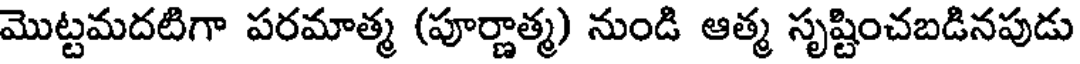
మొట్టమదటిగా పరమాత్మ (పూర్ణాత్మ) నుండి ఆత్మ సృష్టించబడినపుడు